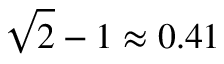
\sqrt { 2 } - 1 \approx 0 . 4 1